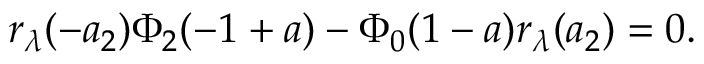
\begin{array} { r } { r _ { \lambda } ( - a _ { 2 } ) \Phi _ { 2 } ( - 1 + a ) - \Phi _ { 0 } ( 1 - a ) r _ { \lambda } ( a _ { 2 } ) = 0 . } \end{array}